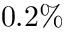
0 . 2 \%